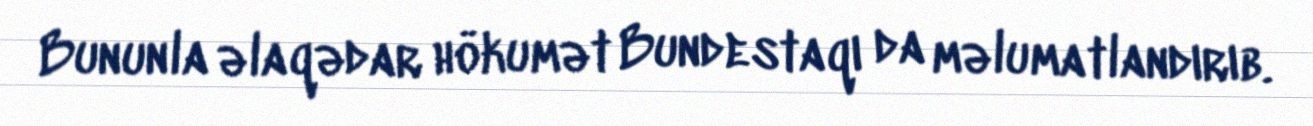
Bununla əlaqədar hökumət Bundestaqı da məlumatlandırıb.